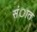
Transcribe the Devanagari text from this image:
संात